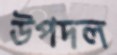
উপদল